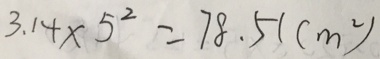
3 . 1 4 \times 5 ^ { 2 } = 7 8 . 5 ( c m ^ { 2 } )